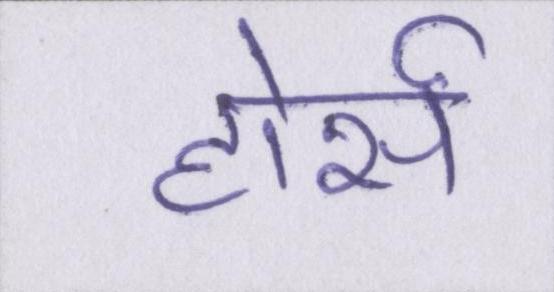
होर्स